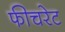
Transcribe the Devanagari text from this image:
फीचरेट